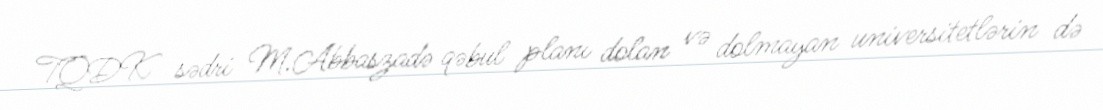
TQDK sədri M.Abbaszadə qəbul planı dolan və dolmayan universitetlərin də